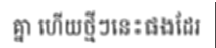
គ្នា ហើយថ្មីៗនេះផងដែរ